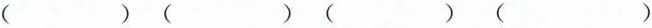
() () () ()